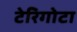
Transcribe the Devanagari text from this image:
टेरिगोटा